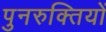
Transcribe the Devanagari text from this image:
पुनरुक्तियों